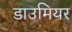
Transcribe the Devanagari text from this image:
डाउमियर